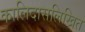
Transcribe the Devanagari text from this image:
कालिदासलिखित